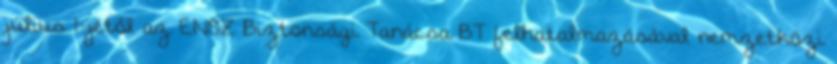
július 1-jétől az ENSZ Biztonsági Tanácsa BT felhatalmazásával nemzetközi